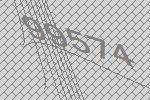
99574